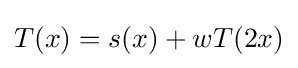
T(x)=s(x)+wT(2x)